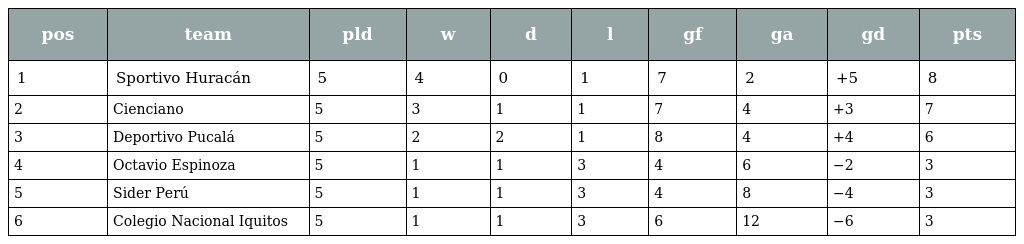
| pos | team | pld | w | d | l | gf | ga | gd | pts |
 | --- | --- | --- | --- | --- | --- | --- | --- | --- | --- |
 | 1 | Sportivo Huracán | 5 | 4 | 0 | 1 | 7 | 2 | +5 | 8 |
 | 2 | Cienciano | 5 | 3 | 1 | 1 | 7 | 4 | +3 | 7 |
 | 3 | Deportivo Pucalá | 5 | 2 | 2 | 1 | 8 | 4 | +4 | 6 |
 | 4 | Octavio Espinoza | 5 | 1 | 1 | 3 | 4 | 6 | −2 | 3 |
 | 5 | Sider Perú | 5 | 1 | 1 | 3 | 4 | 8 | −4 | 3 |
 | 6 | Colegio Nacional Iquitos | 5 | 1 | 1 | 3 | 6 | 12 | −6 | 3 |